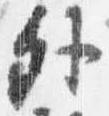
外